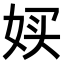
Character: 𫰨